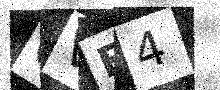
Text: QVF4